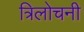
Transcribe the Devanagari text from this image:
त्रिलोचनी